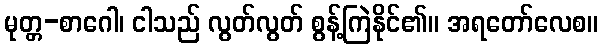
မုတ္တ-စာဂေါ၊ ငါသည် လွတ်လွတ် စွန့်ကြဲနိုင်၏။ အရတော်လေစ။